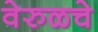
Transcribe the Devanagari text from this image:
वेरुळचे